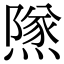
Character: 𨼾